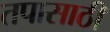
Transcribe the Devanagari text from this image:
तपासाठी